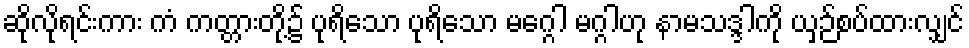
ဆိုလိုရင်းကား ကံ ကတ္တားတို့၌ ပုရိသော ပုရိသော မဂ္ဂေါ မဂ္ဂါဟု နာမသဒ္ဒါကို ယှဉ်စပ်ထားလျှင်